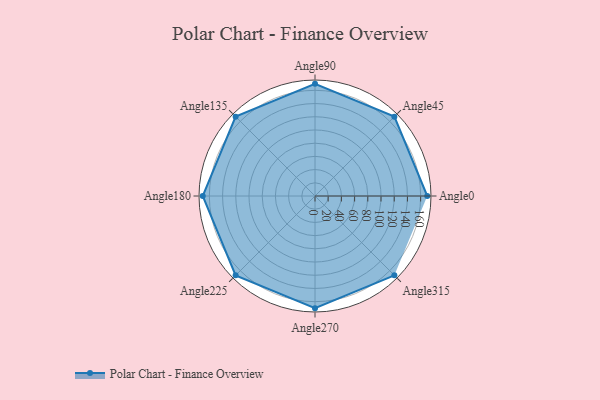
{"axis": {"x": "Angle", "y": "Radius"}, "legend": [""], "data": [{"x": "Angle0", "y": 170, "type": ""}, {"x": "Angle45", "y": 170, "type": ""}, {"x": "Angle90", "y": 170, "type": ""}, {"x": "Angle135", "y": 170, "type": ""}, {"x": "Angle180", "y": 170, "type": ""}, {"x": "Angle225", "y": 170, "type": ""}, {"x": "Angle270", "y": 170, "type": ""}, {"x": "Angle315", "y": 170, "type": ""}]}